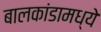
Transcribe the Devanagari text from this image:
बालकांडामध्ये